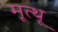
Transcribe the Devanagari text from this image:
मूत्थू